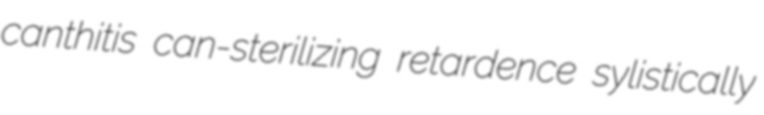
canthitis can-sterilizing retardence sylistically